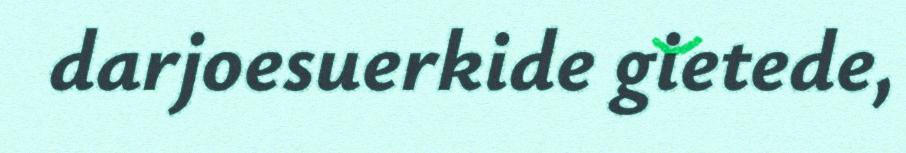
darjoesuerkide gietede,